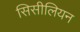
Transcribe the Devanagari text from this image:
सिसीलियन